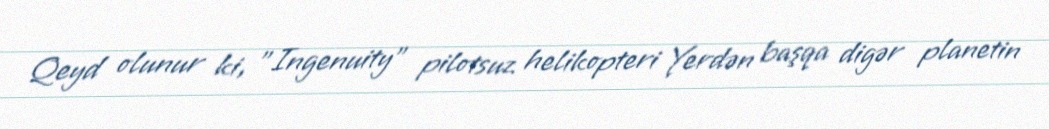
Qeyd olunur ki, "Ingenuity" pilotsuz helikopteri Yerdən başqa digər planetin